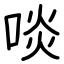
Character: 啖